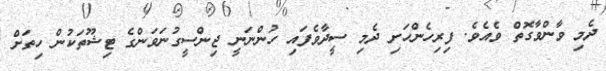
ދެމި ވާންވާގޮތް ވެއެވެ. ފިރިހެންހަށި ދެމި ސީދާވެފައި ހުންނަނީ ޖިންސީގުނަވަންގެ ޓިޝޫތަކުން ހިތަށް